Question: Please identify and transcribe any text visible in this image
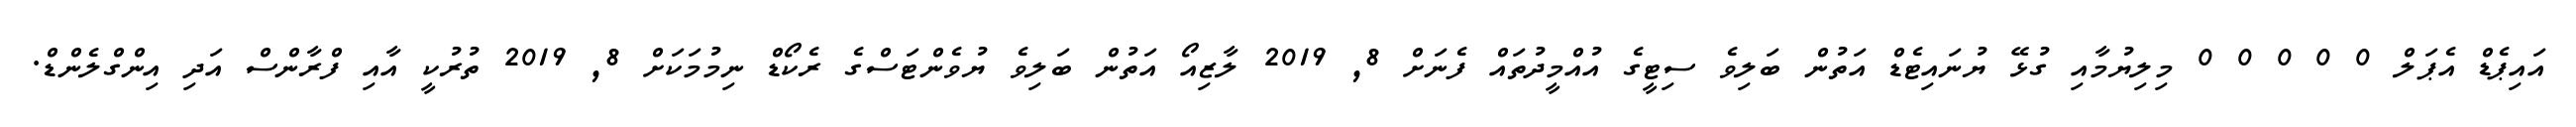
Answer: އައިޕެޑް އެޕަލް 0 0 0 0 0 މިލިޔުމާއި ގުޅޭ ޔުނައިޓެޑް އަތުން ބަލިވެ ސިޓީގެ އުއްމީދުތައް ފެނަށް 8, 2019 ލާޒިއޯ އަތުން ބަލިވެ ޔުވެންޓަސްގެ ރެކޯޑް ނިމުމަކަށް 8, 2019 ތުރުކީ އާއި ފްރާންސް އަދި އިންގްލެންޑް.